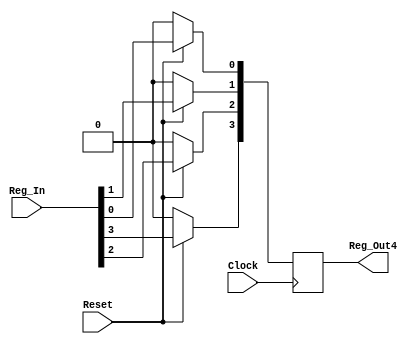
module RS_NRNC(Reset,Clock,Reg_In,Reg_Out4);

input Reset,Clock;
input [3:0]Reg_In;
output [3:0]Reg_Out4;
reg [3:0]Reg_Out4;

  always @(negedge Clock)
  begin
    if(!Reset)
      begin
//	        Reg_Out4[0] = 0;
//	        Reg_Out4[1] = 0;
//	        Reg_Out4[2] = 0;
//	        Reg_Out4[3] = 0;
	Reg_Out4 = 0;
      end
    else
      begin
	      Reg_Out4[0] = Reg_In[0];
	      Reg_Out4[1] = Reg_In[1];
	      Reg_Out4[2] = Reg_In[2];
	      Reg_Out4[3] = Reg_In[3];
      end
  end
endmodule